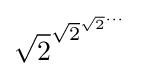
{\sqrt {2}}^{{\sqrt {2}}^{{\sqrt {2}}^{\cdots }}}